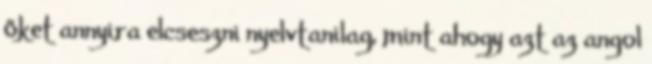
őket annyira elcseszni nyelvtanilag, mint ahogy azt az angol